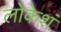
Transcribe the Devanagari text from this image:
लोकेशं